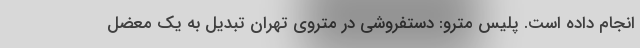
انجام داده است. پلیس مترو: دستفروشی در متروی تهران تبدیل به یک معضل